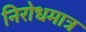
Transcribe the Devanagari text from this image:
निरोधमात्र